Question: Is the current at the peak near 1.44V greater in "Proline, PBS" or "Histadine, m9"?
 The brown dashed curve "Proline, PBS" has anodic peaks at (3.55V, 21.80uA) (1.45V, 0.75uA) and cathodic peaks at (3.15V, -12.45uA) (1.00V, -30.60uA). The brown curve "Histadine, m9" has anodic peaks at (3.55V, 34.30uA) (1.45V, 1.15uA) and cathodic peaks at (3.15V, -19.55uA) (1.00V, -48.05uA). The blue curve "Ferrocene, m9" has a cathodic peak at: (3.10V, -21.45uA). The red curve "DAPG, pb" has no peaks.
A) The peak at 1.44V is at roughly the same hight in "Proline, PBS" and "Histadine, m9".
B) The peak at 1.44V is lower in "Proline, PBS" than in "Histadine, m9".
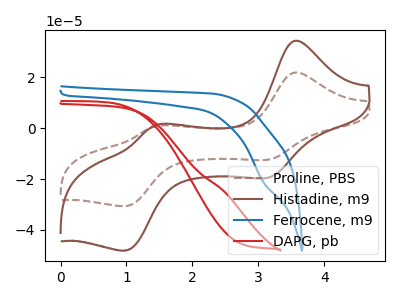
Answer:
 <answer>B) The peak at 1.44V is lower in "Proline, PBS" than in "Histadine, m9".</answer>
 <eval>B</eval>